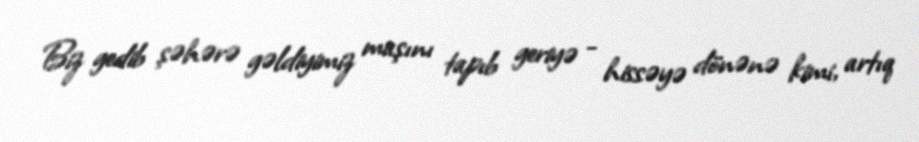
Biz gedib şəhərə gəldiyimiz maşını tapıb geriyə - hissəyə dönənə kimi, artıq